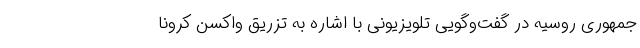
جمهوری روسیه در گفت‌وگویی تلویزیونی با اشاره به تزریق واکسن کرونا